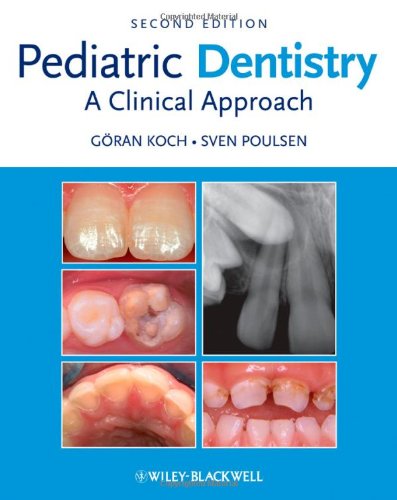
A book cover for Pediatric Dentistry: A Clinical Approach; Medical Books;